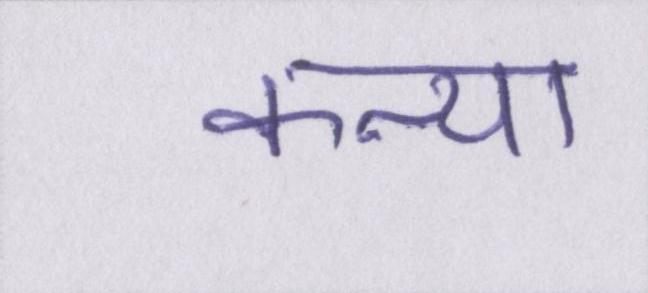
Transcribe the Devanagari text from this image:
कन्या